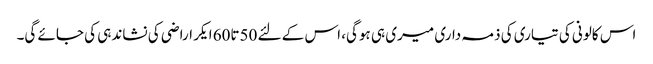
اس کالونی کی تیاری کی ذمہ داری میری ہی ہوگی، اس کے لئے 50تا60 ایکر اراضی کی نشاندہی کی جائے گی۔